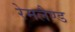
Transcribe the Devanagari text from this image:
रेमलैण्ड